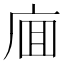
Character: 𰏸